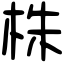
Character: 株